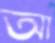
আ